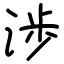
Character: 渉